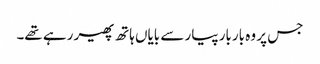
جس پر وہ باربار پیار سے بایاں ہاتھ پھیر رہے تھے۔